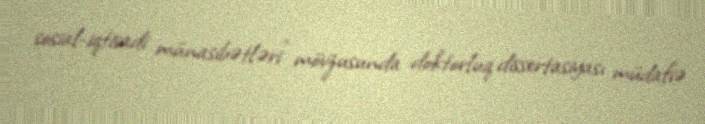
sosial-iqtisadi münasibətləri" mövzusunda doktorluq dissertasiyası müdafiə